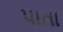
પાતા